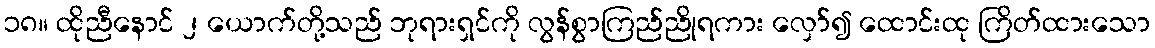
၁၈။ ထိုညီနောင် ၂ ယောက်တို့သည် ဘုရားရှင်ကို လွန်စွာကြည်ညိုရကား လှော်၍ ထောင်းထု ကြိတ်ထားသော